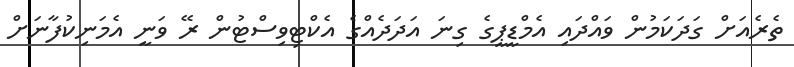
ތެރެއަށް ގަދަކަމުން ވައްދައި އެމްޑީޕީގެ ގިނަ އަދަދެއްގެ އެކްޓިވިސްޓުން ރޭ ވަނީ އެމަނިކުފާނަށް